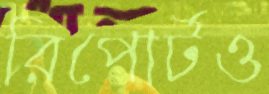
রিপোর্টও